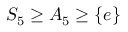
S _ { 5 } \geq A _ { 5 } \geq \lbrace e \rbrace